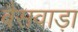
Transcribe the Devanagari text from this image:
बैसवाड़ा